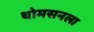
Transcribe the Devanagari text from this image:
थोमसनला